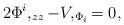
LaTeX: \begin{align*}2 \Phi ^i ,_{zz} - V,_{\Phi _i} =0,\end{align*}